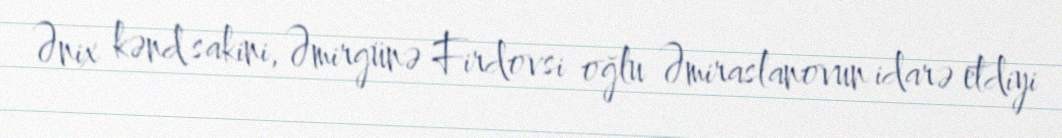
Ənix kənd sakini, Əmirgünə Firdovsi oğlu Əmiraslanovun idarə etdiyi